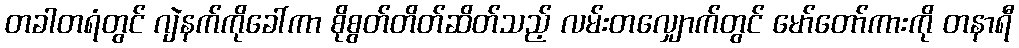
တခါတရံတွင် ဂျဲနက်ကိုခေါ်ကာ စိုစွတ်တိတ်ဆိတ်သည့် လမ်းတလျှောက်တွင် မော်တော်ကားကို တနာရီ